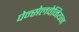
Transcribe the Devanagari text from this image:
पेन्सेलवेनियन